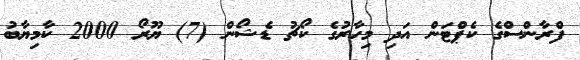
ފްރާންސްގެ ކެޕްޓަން އަދި މިހާރުގެ ކޯޗު ޑެޝޯން (7) ޔޫރޯ 2000 ކާމިޔާބު